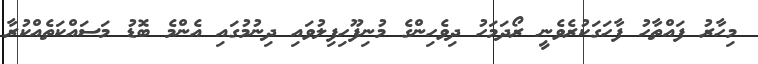
މިހާރު ފައްތާހު ފާހަގަކުރެވެނީ ރޯދަމަހު ދިވެހިންގެ މުނިފޫހިފިލުވައި ދިނުމުގައި އެންމެ ބޮޑު މަސައްކަތެއްކުރާ